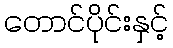
တောင်ပိုင်းနှင့်